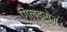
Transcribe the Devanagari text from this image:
गिल्डरोज़